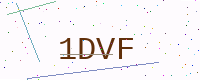
Text: 1DVF